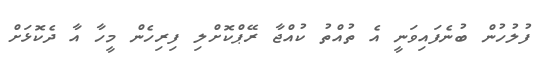
ފުލުހުން ބުނެފައިވަނީ އެ ތުއްތު ކުއްޖާ ރޭޕްކޮށްލި ފިރިހެން މީހާ އާ ދެކޮޅަށް